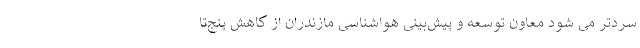
سردتر می شود معاون توسعه و پیش‌بینی هواشناسی مازندران از کاهش پنج‌تا